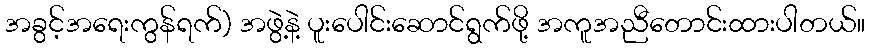
အခွင့်အရေးကွန်ရက်) အဖွဲ့နဲ့ ပူးပေါင်းဆောင်ရွက်ဖို့ အကူအညီတောင်းထားပါတယ်။